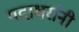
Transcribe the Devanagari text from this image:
गदाधरांनी